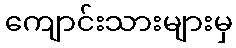
ကျောင်းသားများမှ